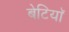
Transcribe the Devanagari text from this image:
बेटियाॅ